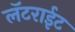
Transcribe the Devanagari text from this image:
लॅटराईट